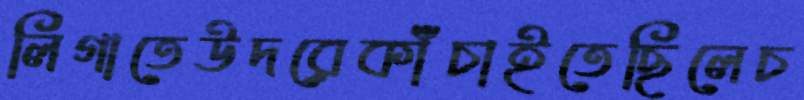
লিগাতেউদরেকাঁচাইতেছিলেচ